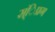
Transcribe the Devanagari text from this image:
स्ंिप्रग